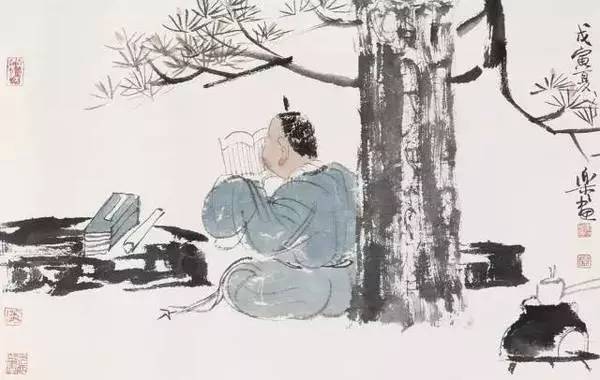
归志宁无五亩园，读书本意在元元。